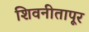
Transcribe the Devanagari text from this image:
शिवनीतापूर